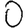
Digit: 0